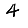
Digit: 4